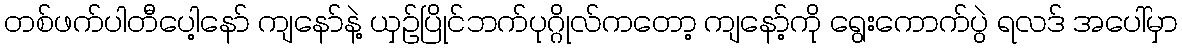
တစ်ဖက်ပါတီပေါ့နော် ကျနော်နဲ့ ယှဉ်ပြိုင်ဘက်ပုဂ္ဂိုလ်ကတော့ ကျနော့်ကို ရွေးကောက်ပွဲ ရလဒ် အပေါ်မှာ